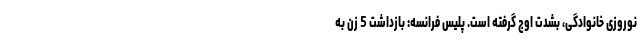
نوروزی خانوادگی، بشدت اوج گرفته است. پلیس فرانسه: بازداشت 5 زن به